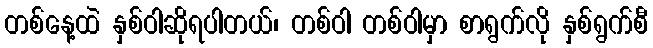
တစ်နေ့ထဲ နှစ်ဝါဆိုရပါတယ်၊ တစ်ဝါ တစ်ဝါမှာ စာရွက်လို နှစ်ရွက်စီ